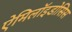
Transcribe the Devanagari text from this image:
ऐमिलॉइडोसिस